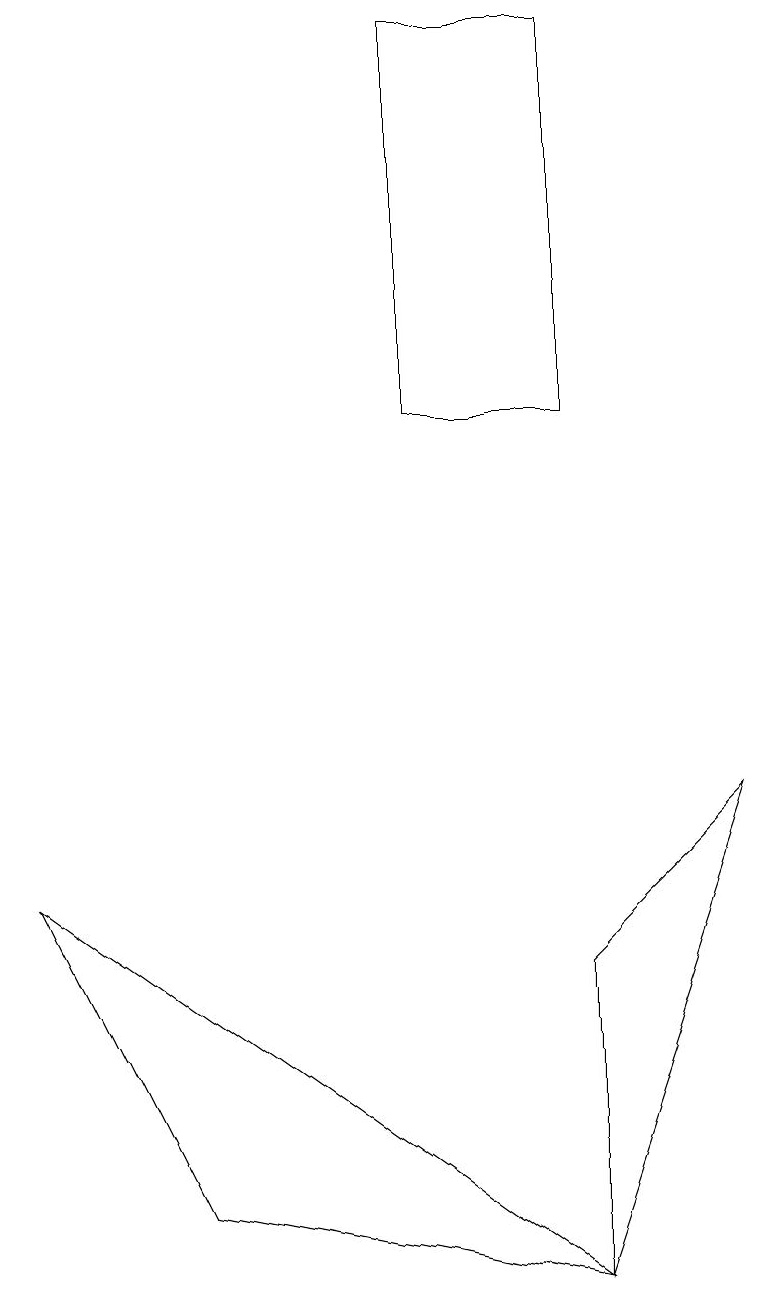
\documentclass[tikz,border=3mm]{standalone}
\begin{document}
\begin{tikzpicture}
\draw (7,2) -- (9,8) -- (7,6) -- cycle;
\draw (7,2) -- (2,3) -- (0,7) -- cycle;
\draw (5,18) rectangle (7,13);
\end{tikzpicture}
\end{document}